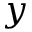
y